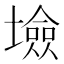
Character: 𡑯